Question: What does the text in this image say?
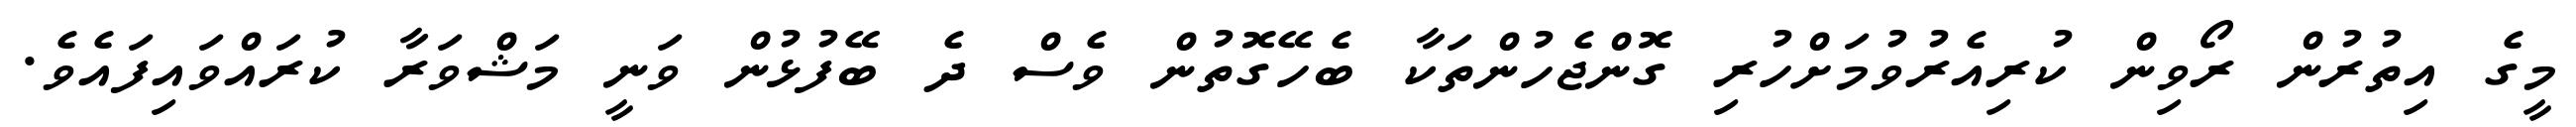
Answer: މީގެ އިތުރުން ރޯވިން ކުރިއެރުވުމަށްހުރި ގޮންޖެހުންތަކާ ބެހޭގޮތުން ވެސް ދެ ބޭފުޅުން ވަނީ މަޝްވަރާ ކުރައްވައިފައެވެ.